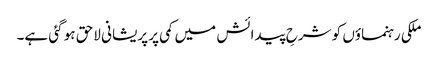
ملکی رہنماؤں کو شرحِ پیدائش میں کمی پر پریشانی لاحق ہو گئی ہے۔